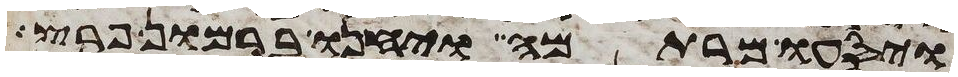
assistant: ויסעו מרתמה ויחנו ברמון פרץ